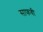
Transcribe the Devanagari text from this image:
साफवी